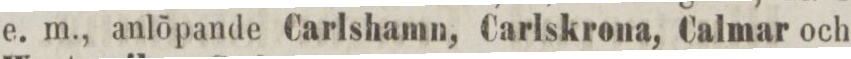
e. m., anlöpande Carlshamn, Carlskrona, Calmar och